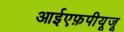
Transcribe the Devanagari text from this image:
आईएफ़पीयूजू